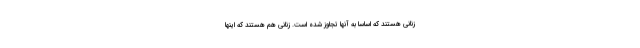
زنانی هستند که اساساً به آنها تجاوز شده است. زنانی هم هستند که اینها